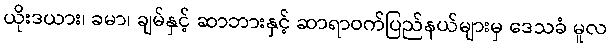
ယိုးဒယား၊ ခမာ၊ ချမ်နှင့် ဆာဘားနှင့် ဆာရာဝက်ပြည်နယ်များမှ ဒေသခံ မူလ